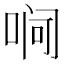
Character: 𪡛